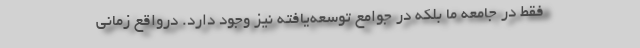
فقط در جامعه ما بلکه در جوامع توسعه‌یافته نیز وجود دارد. درواقع زمانی